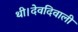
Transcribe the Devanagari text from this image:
थी।देवदिवाली